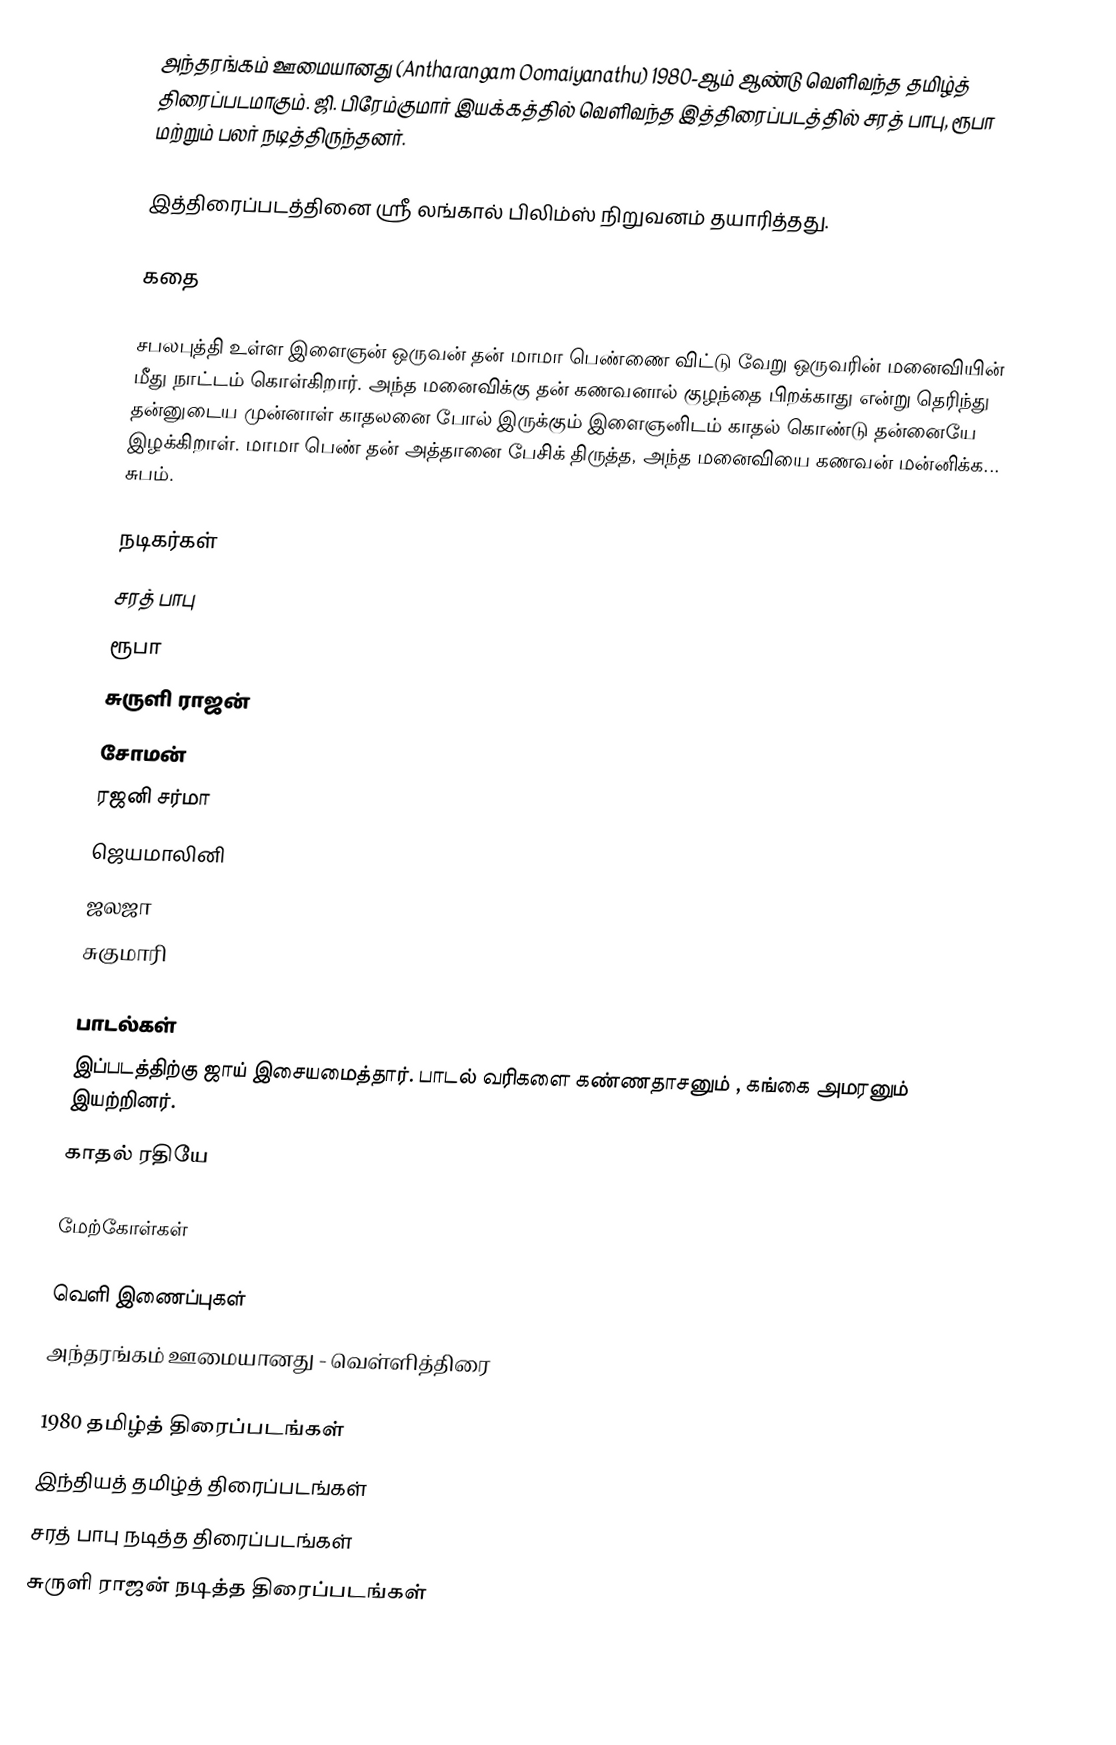
அந்தரங்கம் ஊமையானது (Antharangam Oomaiyanathu) 1980-ஆம் ஆண்டு வெளிவந்த தமிழ்த் திரைப்படமாகும். ஜி. பிரேம்குமார் இயக்கத்தில் வெளிவந்த இத்திரைப்படத்தில் சரத் பாபு, ரூபா மற்றும் பலர் நடித்திருந்தனர்.

இத்திரைப்படத்தினை ஸ்ரீ லங்கால் பிலிம்ஸ் நிறுவனம் தயாரித்தது.

கதை

சபலபுத்தி உள்ள இளைஞன் ஒருவன் தன் மாமா பெண்ணை விட்டு வேறு ஒருவரின் மனைவியின் மீது நாட்டம் கொள்கிறார். அந்த மனைவிக்கு தன் கணவனால் குழந்தை பிறக்காது என்று தெரிந்து தன்னுடைய முன்னாள் காதலனை போல் இருக்கும் இளைஞனிடம் காதல் கொண்டு தன்னையே இழக்கிறாள். மாமா பெண் தன் அத்தானை பேசிக் திருத்த, அந்த மனைவியை கணவன் மன்னிக்க... சுபம்.

நடிகர்கள்
 சரத் பாபு
 ரூபா
 சுருளி ராஜன்
 சோமன்
 ரஜனி சர்மா
 ஜெயமாலினி
 ஜலஜா
 சுகுமாரி

பாடல்கள்
இப்படத்திற்கு ஜாய் இசையமைத்தார். பாடல் வரிகளை கண்ணதாசனும் , கங்கை அமரனும் இயற்றினர்.
 காதல் ரதியே

மேற்கோள்கள்

வெளி இணைப்புகள்
 அந்தரங்கம் ஊமையானது - வெள்ளித்திரை

1980 தமிழ்த் திரைப்படங்கள்
இந்தியத் தமிழ்த் திரைப்படங்கள்
சரத் பாபு நடித்த திரைப்படங்கள்
சுருளி ராஜன் நடித்த திரைப்படங்கள்